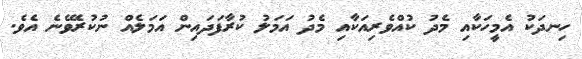
ހިނދަކު އެމީހަކާއި މެދު ކުއްވެރިއަކާއި މެދު އަމަލު ކުރާފަދައިން އަމަލެއް ނުކުރެވޭނެ އެވެ.